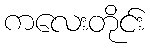
ကလေးတိုင်း